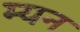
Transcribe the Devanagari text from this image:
म्यन